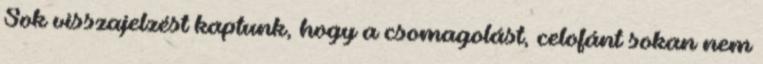
Sok visszajelzést kaptunk, hogy a csomagolást, celofánt sokan nem